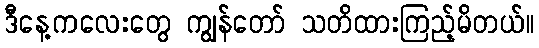
ဒီနေ့ကလေးတွေ ကျွန်တော် သတိထားကြည့်မိတယ်။